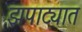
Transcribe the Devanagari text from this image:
झपाट्यात